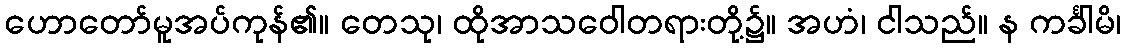
ဟောတော်မူအပ်ကုန်၏။ တေသု၊ ထိုအာသဝေါတရားတို့၌။ အဟံ၊ ငါသည်။ န ကင်္ခါမိ၊